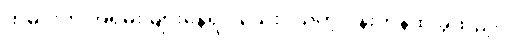
ထမင်းက အရမ်း များနေရင် သေးငယ်တဲ့ ပန်းကန်ထဲ ခွဲထည့်ပါ။